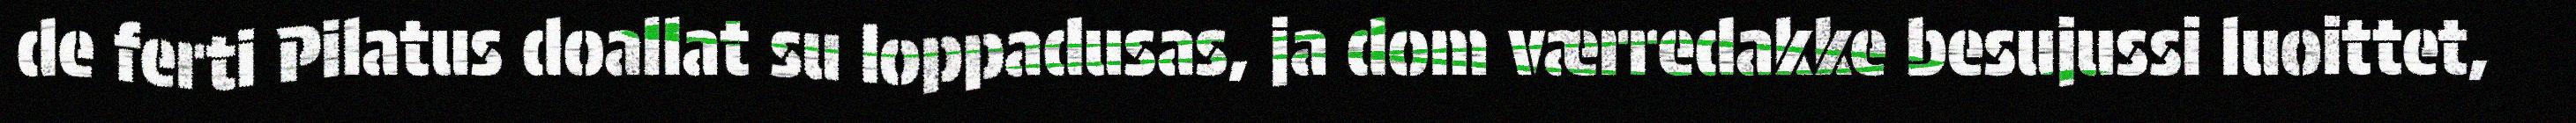
de ferti Pilatus doallat su loppadusas, ja dom værredakke besujussi luoittet,